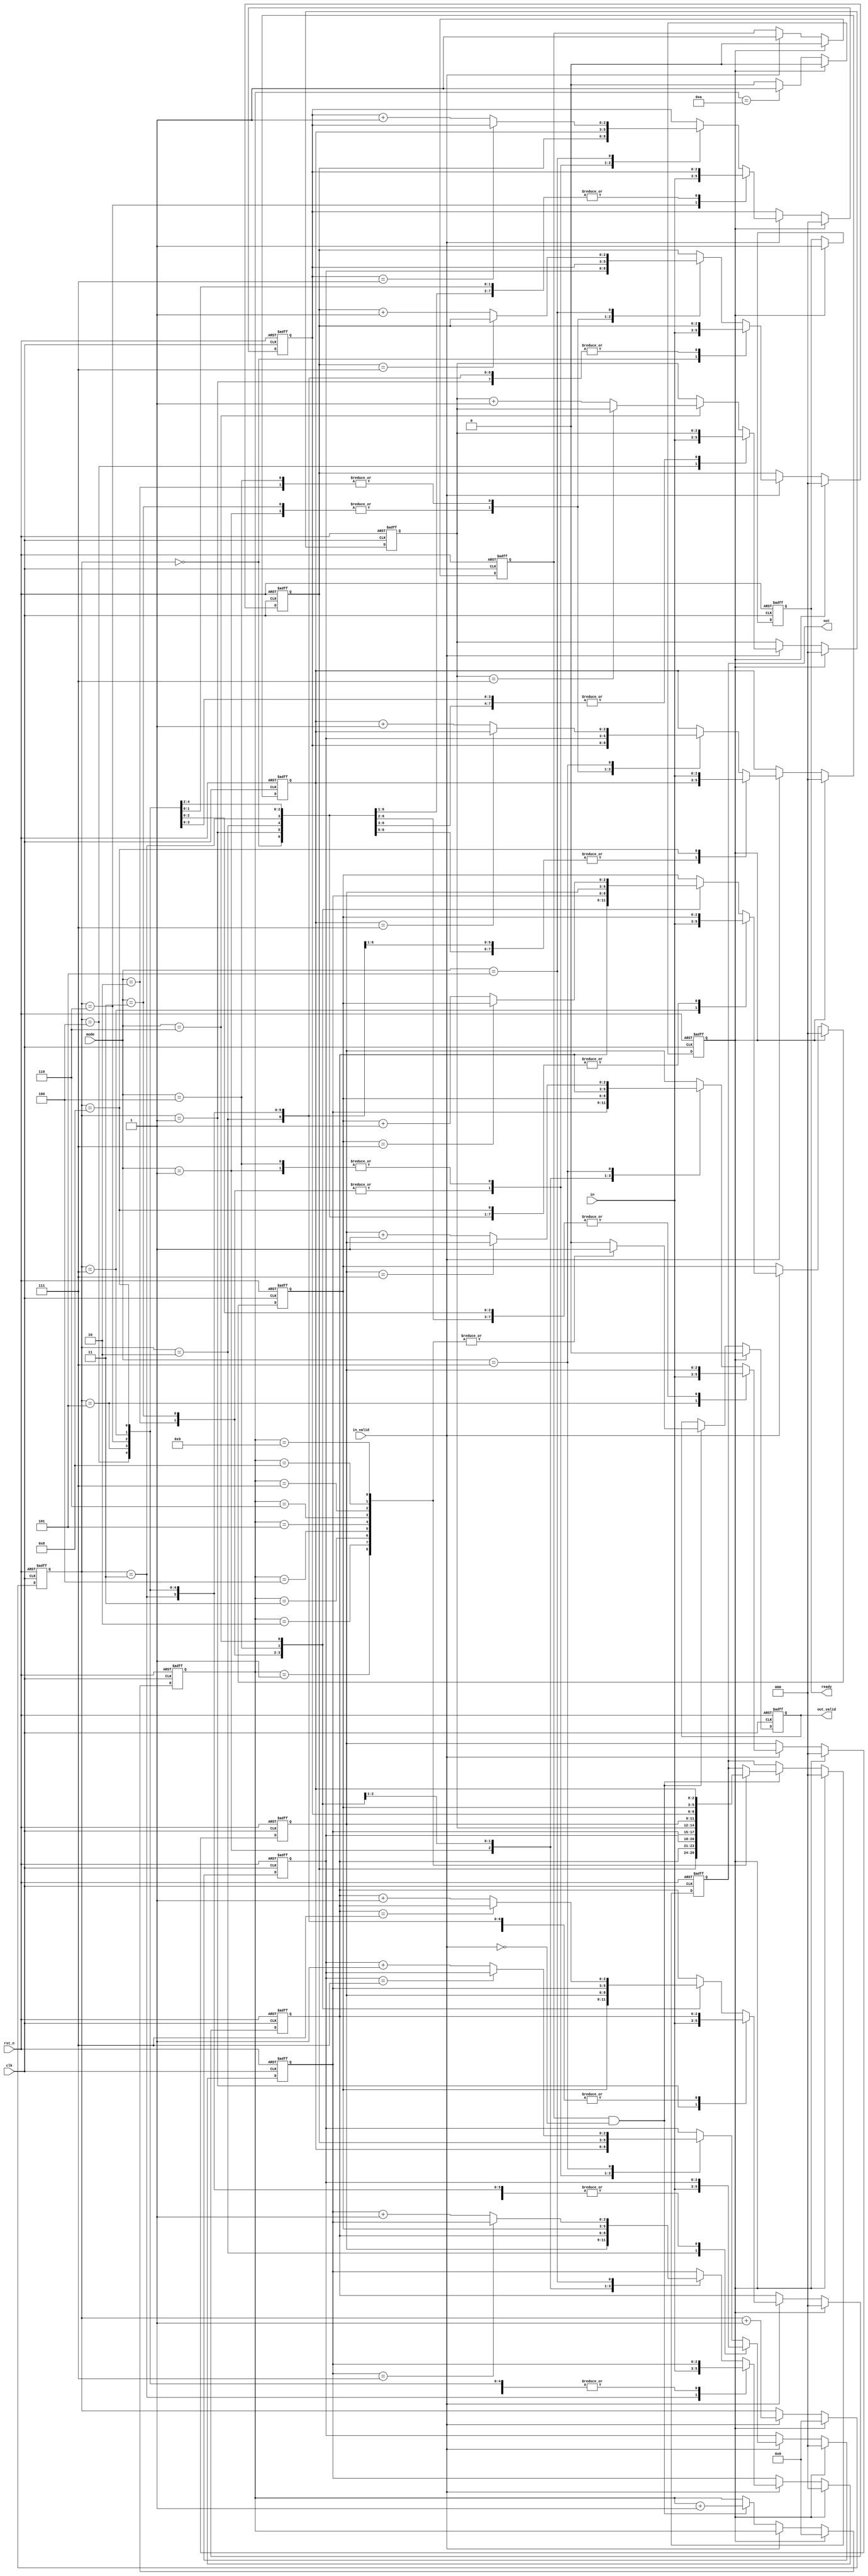
module IMPOR(
	output reg [2:0] out,
	output reg out_valid,
	output reg ready,
	input  [2:0] in,
	input  [2:0] mode,
	input  in_valid,
	input  clk,
	input  rst_n
);

reg sta;
reg [2:0] sta10, sta11, sta12, sta13, sta14, sta15, sta16, sta17, sta18;
wire [2:0] sta20, sta21, sta22, sta23, sta24, sta25, sta26, sta27, sta28;
reg [20:0] cnt1, cnt2;
reg rst;

assign sta20 = sta10;
assign sta21 = sta11;
assign sta22 = sta12;
assign sta23 = sta13;
assign sta24 = sta14;
assign sta25 = sta15;
assign sta26 = sta16;
assign sta27 = sta17;
assign sta28 = sta18;

// rst, ready
always@(posedge clk or negedge rst_n) begin
	if(rst_n == 0) begin
		rst <= 0;
		ready <= 1;
	end else if(rst == 1) begin
		rst <= 0;
		ready <= 1;
	end else if(cnt2 == 10) rst <= 1;
	else;
end // end of always

// cnt1, cnt2
always@(posedge clk or negedge rst_n) begin
	if(rst_n == 0) begin cnt1 <= 0; cnt2 <= 0; end
	else if(rst == 1) begin cnt1 <= 0; cnt2 <= 0; end
	else if(in_valid == 1) cnt1 <= cnt1+1;
	else if(sta == 1 && in_valid == 0) cnt2 <= cnt2+1;
	else;
end // end of always

// sta
always@(posedge clk or negedge rst_n) begin
	if(rst_n == 0) begin
		sta <= 0;
		sta10 <= 0; sta11 <= 0; sta12 <= 0; sta13 <= 0; sta14 <= 0; sta15 <= 0; sta16 <= 0; sta17 <= 0; sta18 <= 0;
	end else if(rst == 1) begin
		sta <= 0;
		sta10 <= 0; sta11 <= 0; sta12 <= 0; sta13 <= 0; sta14 <= 0; sta15 <= 0; sta16 <= 0; sta17 <= 0; sta18 <= 0;
	end else if(in_valid == 1) begin
		sta <= 1;
		case(cnt1)
			0: sta10 <= in;
			1: sta11 <= in;
			2: sta12 <= in;
			3: sta13 <= in;
			4: sta14 <= in;
			5: sta15 <= in;
			6: sta16 <= in;
			7: sta17 <= in;
			8: sta18 <= in;
			default: begin
				case(mode)
					1: begin
						sta10 <= sta22;
						sta11 <= sta21;
						sta12 <= sta20;
						sta13 <= sta25;
						sta14 <= sta24;
						sta15 <= sta23;
						sta16 <= sta28;
						sta17 <= sta27;
						sta18 <= sta26;
					end
					2: begin
						sta10 <= sta26;
						sta11 <= sta27;
						sta12 <= sta28;
						sta13 <= sta23;
						sta14 <= sta24;
						sta15 <= sta25;
						sta16 <= sta20;
						sta17 <= sta21;
						sta18 <= sta22;
					end
					3: begin
						sta10 <= sta22;
						sta11 <= sta25;
						sta12 <= sta28;
						sta13 <= sta21;
						sta14 <= sta24;
						sta15 <= sta27;
						sta16 <= sta20;
						sta17 <= sta23;
						sta18 <= sta26;
					end
					4: begin
						sta10 <= sta26;
						sta11 <= sta23;
						sta12 <= sta20;
						sta13 <= sta27;
						sta14 <= sta24;
						sta15 <= sta21;
						sta16 <= sta28;
						sta17 <= sta25;
						sta18 <= sta22;
					end
					5: begin
						if(sta20 == 7) sta10 <= sta20;
						else sta10 <= sta20+1;
						sta11 <= sta21;
						sta12 <= sta22;
						if(sta23 == 7) sta13 <= sta23;
						else sta13 <= sta23+1;
						sta14 <= sta24;
						sta15 <= sta25;
						if(sta26 == 7) sta16 <= sta26;
						else sta16 <= sta26+1;
						sta17 <= sta27;
						sta18 <= sta28;
					end
					6: begin
						sta10 <= sta20;
						if(sta21 == 7) sta11 <= sta21;
						else sta11 <= sta21+1;
						sta12 <= sta22;
						sta13 <= sta23;
						if(sta24 == 7) sta14 <= sta24;
						else sta14 <= sta24+1;
						sta15 <= sta25;
						sta16 <= sta26;
						if(sta27 == 7) sta17 <= sta27;
						else sta17 <= sta27+1;
						sta18 <= sta28;
					end
					7: begin
						sta10 <= sta20;
						sta11 <= sta21;
						if(sta22 == 7) sta12 <= sta22;
						else sta12 <= sta22+1;
						sta13 <= sta23;
						sta14 <= sta24;
						if(sta25 == 7) sta15 <= sta25;
						else sta15 <= sta25+1;
						sta16 <= sta26;
						sta17 <= sta27;
						if(sta28 == 7) sta18 <= sta28;
						else sta18 <= sta28+1;
					end
					default: begin
						sta10 <= sta20;
						sta11 <= sta21;
						sta12 <= sta22;
						sta13 <= sta23;
						sta14 <= sta24;
						sta15 <= sta25;
						sta16 <= sta26;
						sta17 <= sta27;
						sta18 <= sta28;
					end
				endcase
			end
		endcase
	end else;
end // end of always

// out, out_valid
always@(posedge clk or negedge rst_n) begin
	if(rst_n == 0) begin out <= 0; out_valid <= 0; end
	else if(rst == 1) begin out <= 0; out_valid <= 0; end
	else if(sta == 1 && in_valid == 0) begin
		case(cnt2)
			1: begin
				out_valid <= 1;
				out <= sta10;
			end
			2: begin
				out_valid <= 1;
				out <= sta11;
			end
			3: begin
				out_valid <= 1;
				out <= sta12;
			end
			4: begin
				out_valid <= 1;
				out <= sta13;
			end
			5: begin
				out_valid <= 1;
				out <= sta14;
			end
			6: begin
				out_valid <= 1;
				out <= sta15;
			end
			7: begin
				out_valid <= 1;
				out <= sta16;
			end
			8: begin
				out_valid <= 1;
				out <= sta17;
			end
			9: begin
				out_valid <= 1;
				out <= sta18;
			end
			default: begin
				out_valid <= 0;
			end
		endcase
	end else;
end // end of always

endmodule